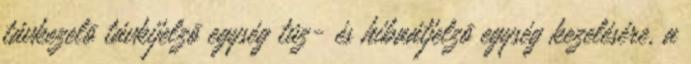
távkezelõ távkijelzõ egység tûz- és hibaátjelzõ egység kezelésére, a